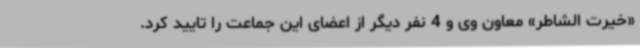
«خیرت الشاطر» معاون وی و 4 نفر دیگر از اعضای این جماعت را تایید کرد.